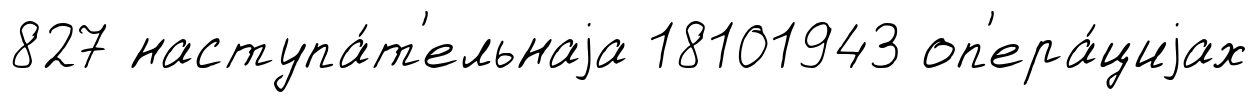
827 наступа́т'ельнаjа 18101943 оп'ера́циjах